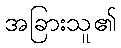
အခြားသူ၏